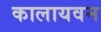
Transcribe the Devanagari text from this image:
कालायवन